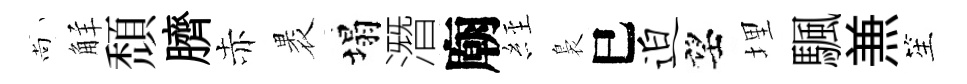
尚觧頹臍赤褁塌潛廟𦀇裊巳迫望埋颿𠔥笙